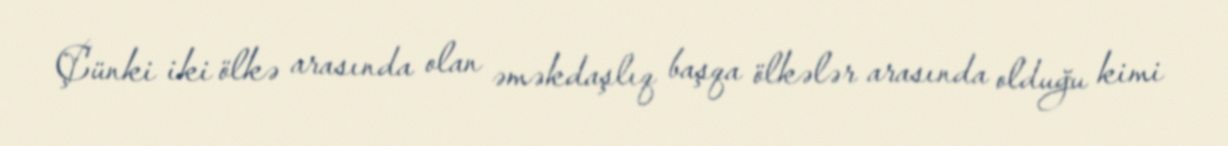
Çünki iki ölkə arasında olan əməkdaşlıq başqa ölkələr arasında olduğu kimi